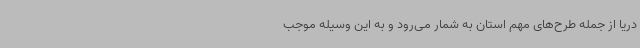
دریا از جمله طرح‌های مهم استان به شمار می‌رود و به این وسیله موجب